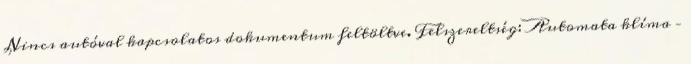
Nincs autóval kapcsolatos dokumentum feltöltve. Felszereltség: Automata klíma –